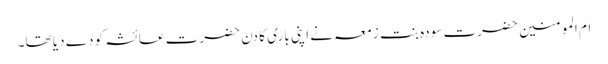
ام المومنین حضرت سودہ بنت زمعہ نے اپنی باری کا دن حضرت عائشہ کو دے دیا تھا۔